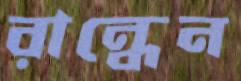
রান্ধেন